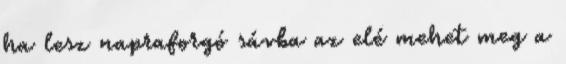
ha lesz napraforgó sávba az elé mehet meg a